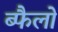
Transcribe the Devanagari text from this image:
ब्फैलो